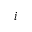
i